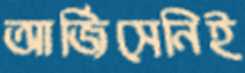
আর্জিসেনিই